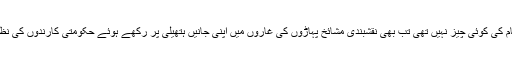
ایک طالب علم نے بتایا کہ روس کے ٹوٹنے سے قبل جب سوشلسٹ حکومت کے دور میں مذہبی آزادی نام کی کوئی چیز نہیں تھی تب بھی نقشبندی مشائخ پہاڑوں کی غاروں میں اپنی جانیں ہتھیلی پر رکھے ہوئے حکومتی کارندوں کی نظروں سے بچ کر ذکر کروایا کرتے تھے جبکہ ربیع الاول شریف کے مہینے میں میلاد بھی مناتے تھے ۔